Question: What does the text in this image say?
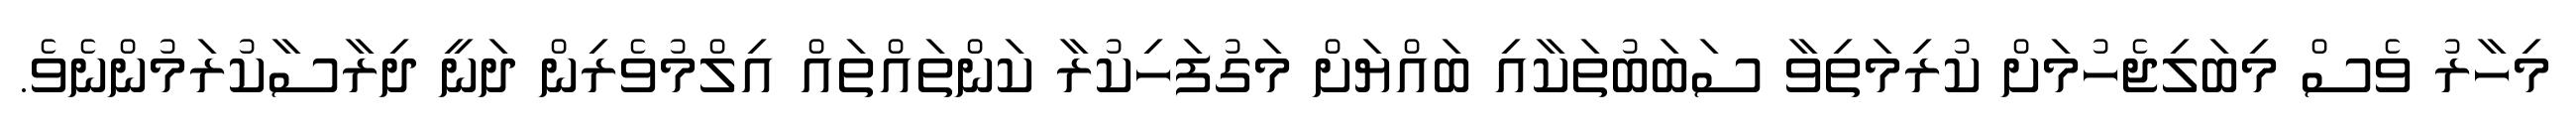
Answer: މިހާރު ވެސް މިބަލިޖެހުމަށް ކުރިމަތިވާ ސަބަބުތަކާއި ބައްޔަށް މަގުފަހިކުރާ ކަންތައްތައް އިލްމުވެރިން ދަނީ ދިރާސާކުރަމުންނެވެ.